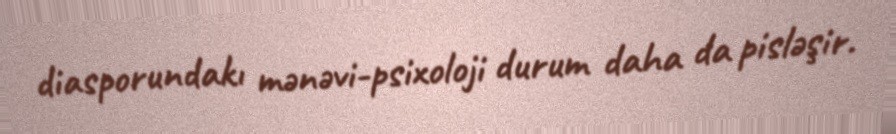
diasporundakı mənəvi-psixoloji durum daha da pisləşir.